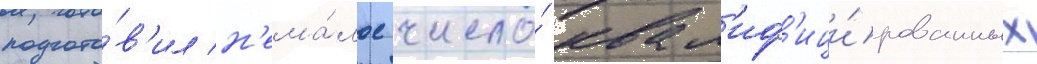
подгото́в'ил н'ема́лое число́ квал'иф'ици́рованных